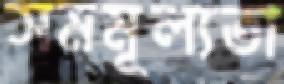
সমমূল্যতা